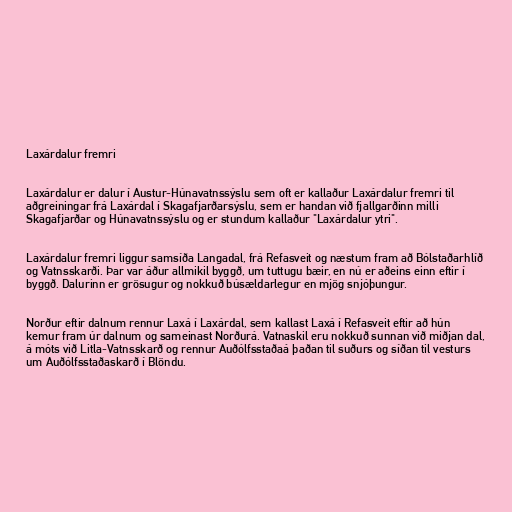
Laxárdalur fremri

Laxárdalur er dalur í Austur-Húnavatnssýslu sem oft er kallaður Laxárdalur fremri til
aðgreiningar frá Laxárdal í Skagafjarðarsýslu, sem er handan við fjallgarðinn milli
Skagafjarðar og Húnavatnssýslu og er stundum kallaður "Laxárdalur ytri".

Laxárdalur fremri liggur samsíða Langadal, frá Refasveit og næstum fram að Bólstaðarhlíð
og Vatnsskarði. Þar var áður allmikil byggð, um tuttugu bæir, en nú er aðeins einn eftir í
byggð. Dalurinn er grösugur og nokkuð búsældarlegur en mjög snjóþungur.

Norður eftir dalnum rennur Laxá í Laxárdal, sem kallast Laxá í Refasveit eftir að hún
kemur fram úr dalnum og sameinast Norðurá. Vatnaskil eru nokkuð sunnan við miðjan dal,
á móts við Litla-Vatnsskarð og rennur Auðólfsstaðaá þaðan til suðurs og síðan til vesturs
um Auðólfsstaðaskarð í Blöndu.